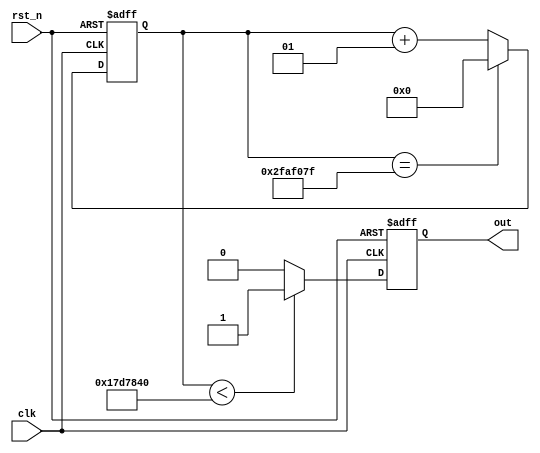
module clk_div #(
    parameter DIVISOR = 50_000_000
) (
    input clk,
    input rst_n,
    output out
);
    // clk is 1/0 for DIVISOR/2

    integer cnt_reg, cnt_next; // counts to DIVISOR-1
    reg out_reg, out_next;

    assign out = out_reg;

    always @(posedge clk, negedge rst_n) begin
        if(!rst_n) begin
            cnt_reg <= 0;
            out_reg <= 1'b0;
        end
        else begin
            cnt_reg <= cnt_next;
            out_reg <= out_next;
        end

    end

    always @(*) begin
        if(DIVISOR > 1) 
            out_next = (cnt_reg < DIVISOR/2) ? 1'b1:1'b0;
        else 
            // if the DIVISOR is 1 then clocks are the same
            out_next = ~out_reg;
        
        if (cnt_reg == DIVISOR-1) 
            cnt_next = 0;
        else 
            cnt_next = cnt_reg + 1;
    end

endmodule